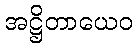
အဋ္ဌိတာယေဝ